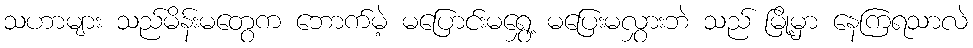
သဟာများ သည်မိန်းမတွေက ဘောက်မဲ့ မပြောင်းမရွှေ့ မပြေးမလွှားဘဲ သည် မြို့မှာ နေကြရသာလဲ